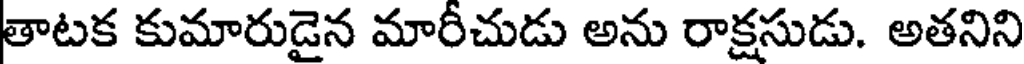
తాటక కుమారుడైన మారీచుడు అను రాక్షసుడు. అతనిని